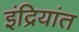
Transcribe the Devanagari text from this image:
इंद्रियांत